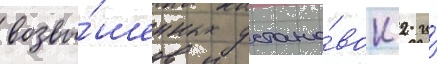
возвы́шенных устано́вок 2 и́